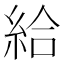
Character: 給